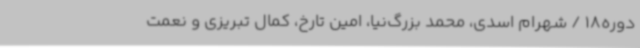
دوره18 / شهرام اسدی، محمد بزرگ‌نیا، امین تارخ، کمال تبریزی و نعمت